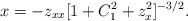
LaTeX: \begin{align*}x = -z_{xx}[1+C_{1}^{2}+z_{x}^{2}]^{-3/2}.\end{align*}